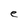
Character: e